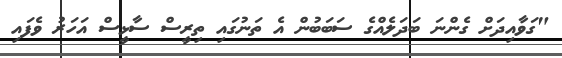
"ގަވާއިދަށް ގެންނަ ބަދަލެއްގެ ސަބަބުން އެ ތަނުގައި ތިރީސް ސާޅީސް އަހަރު ވެފައި